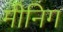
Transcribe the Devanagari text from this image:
मीनिग